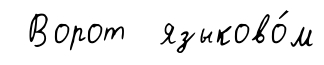
Ворот языково́м